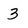
Character: 3